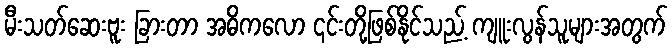
မီးသတ်ဆေးဗူး ခြားတာ အဓိကလော ၎င်းတို့ဖြစ်နိုင်သည့် ကျူးလွန်သူများအတွက်